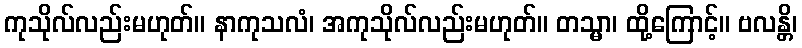
ကုသိုလ်လည်းမဟုတ်။ နာကုသလံ၊ အကုသိုလ်လည်းမဟုတ်။ တသ္မာ၊ ထို့ကြောင့်။ ဗလန္တိ၊